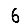
Digit: 6